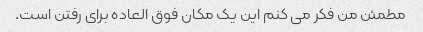
مطمئن من فکر می کنم این یک مکان فوق العاده برای رفتن است.